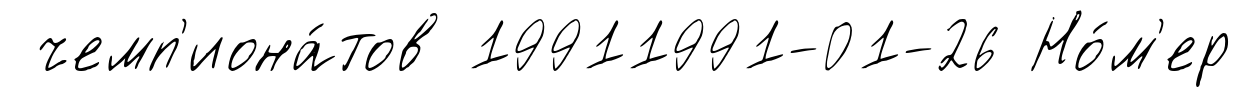
чемп'иона́тов 19911991-01-26 Но́м'ер